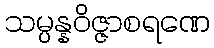
သမ္ပန္နဝိဇ္ဇာစရဏေ